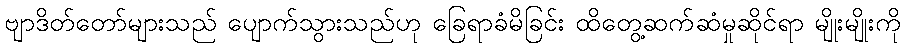
ဗျာဒိတ်တော်များသည် ပျောက်သွားသည်ဟု ခြေရာခံမိခြင်း ထိတွေ့ဆက်ဆံမှုဆိုင်ရာ မျိုးမျိုးကို